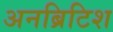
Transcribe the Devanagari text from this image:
अनब्रिटिश